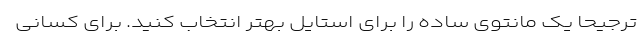
ترجیحا یک مانتوی ساده را برای استایل بهتر انتخاب کنید. برای کسانی